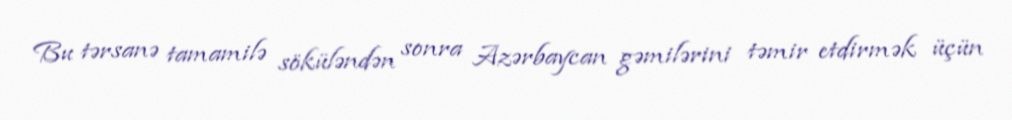
Bu tərsanə tamamilə söküləndən sonra Azərbaycan gəmilərini təmir etdirmək üçün